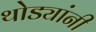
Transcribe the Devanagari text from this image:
थोड्यांनी